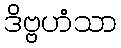
ဒိဗ္ဗဟံသာ